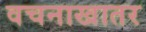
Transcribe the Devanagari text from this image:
वचनाखातर